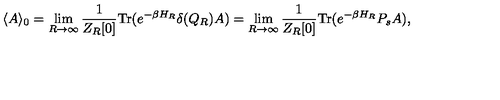
\langle A \rangle _ { 0 } = \lim _ { R \rightarrow \infty } \frac { 1 } { Z _ { R } [ 0 ] } \mathrm { T r } ( e ^ { - \beta H _ { R } } \delta ( Q _ { R } ) A ) = \lim _ { R \rightarrow \infty } \frac { 1 } { Z _ { R } [ 0 ] } \mathrm { T r } ( e ^ { - \beta H _ { R } } P _ { s } A ) ,